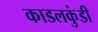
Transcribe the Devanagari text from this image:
काडलकुंडी